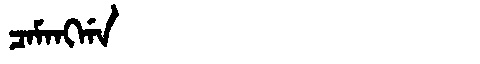
Manchu: ᠴᠠᠮᠠᠩᡤᠠ
Romanization: CAMANGGA